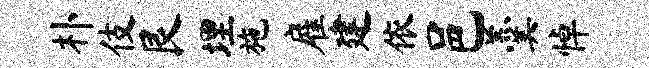
朴伎艮埋施雇建依邑羹悼